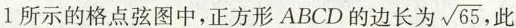
图1所示的格点弦图中，正方形ABCD的边长为 \sqrt{65}，此